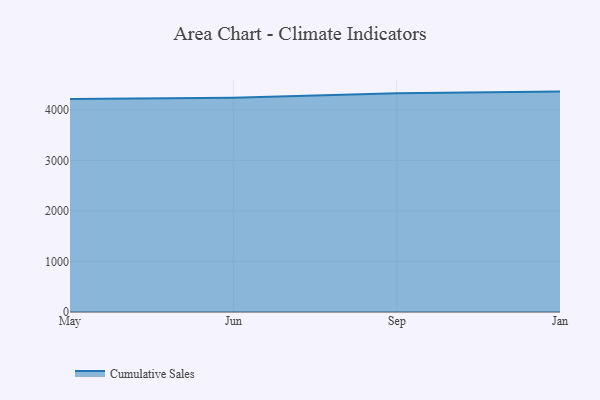
{"axis": {"x": "Month", "y": "Active Users"}, "legend": ["Cumulative Sales"], "data": [{"x": "May", "y": 4210.9, "type": "Cumulative Sales"}, {"x": "Jun", "y": 4237.3, "type": "Cumulative Sales"}, {"x": "Sep", "y": 4323.7, "type": "Cumulative Sales"}, {"x": "Jan", "y": 4358.5, "type": "Cumulative Sales"}]}